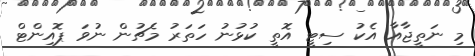
މި ނަތީޖާއާ އެކު ސިޓީ އޮތީ ކުޅުނު ހަތަރު މެޗުން ނުވަ ޕޮއިންޓް